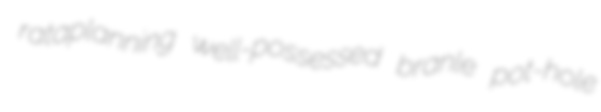
rataplanning well-possessed branle pot-hole